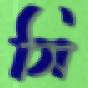
সি